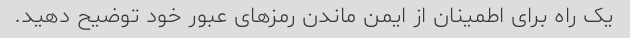
یک راه برای اطمینان از ایمن ماندن رمزهای عبور خود توضیح دهید.